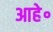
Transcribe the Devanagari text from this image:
आहे॰